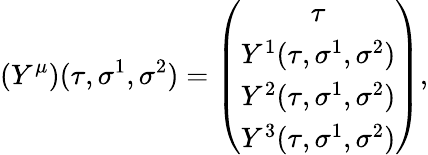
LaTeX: \left(Y^{\mu}\right)(\tau,\sigma^{1},\sigma^{2})=\left(\begin{array}{c}{{\tau}}\\ {{Y^{1}(\tau,\sigma^{1},\sigma^{2})}}\\ {{Y^{2}(\tau,\sigma^{1},\sigma^{2})}}\\ {{Y^{3}(\tau,\sigma^{1},\sigma^{2})}}\end{array}\right),